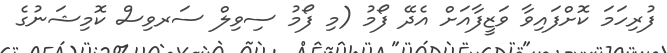
ފުރިހަމަ ކޮށްފައިވާ ވަޒީފާއަށް އެދޭ ފޯމު (މި ފޯމު ސިވިލް ސަރވިސް ކޮމިޝަނުގެ